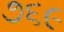
૭૬૯